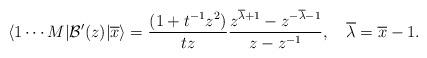
LaTeX: \begin{align*}\langle 1 \cdots M|\mathcal{B}^\prime(z)|\overline{x} \rangle=\frac{(1+t^{-1}z^2)}{tz} \frac{z^{\overline{\lambda}+1}-z^{-\overline{\lambda}-1}}{z-z^{-1}},\ \ \ \overline{\lambda}=\overline{x}-1.\end{align*}